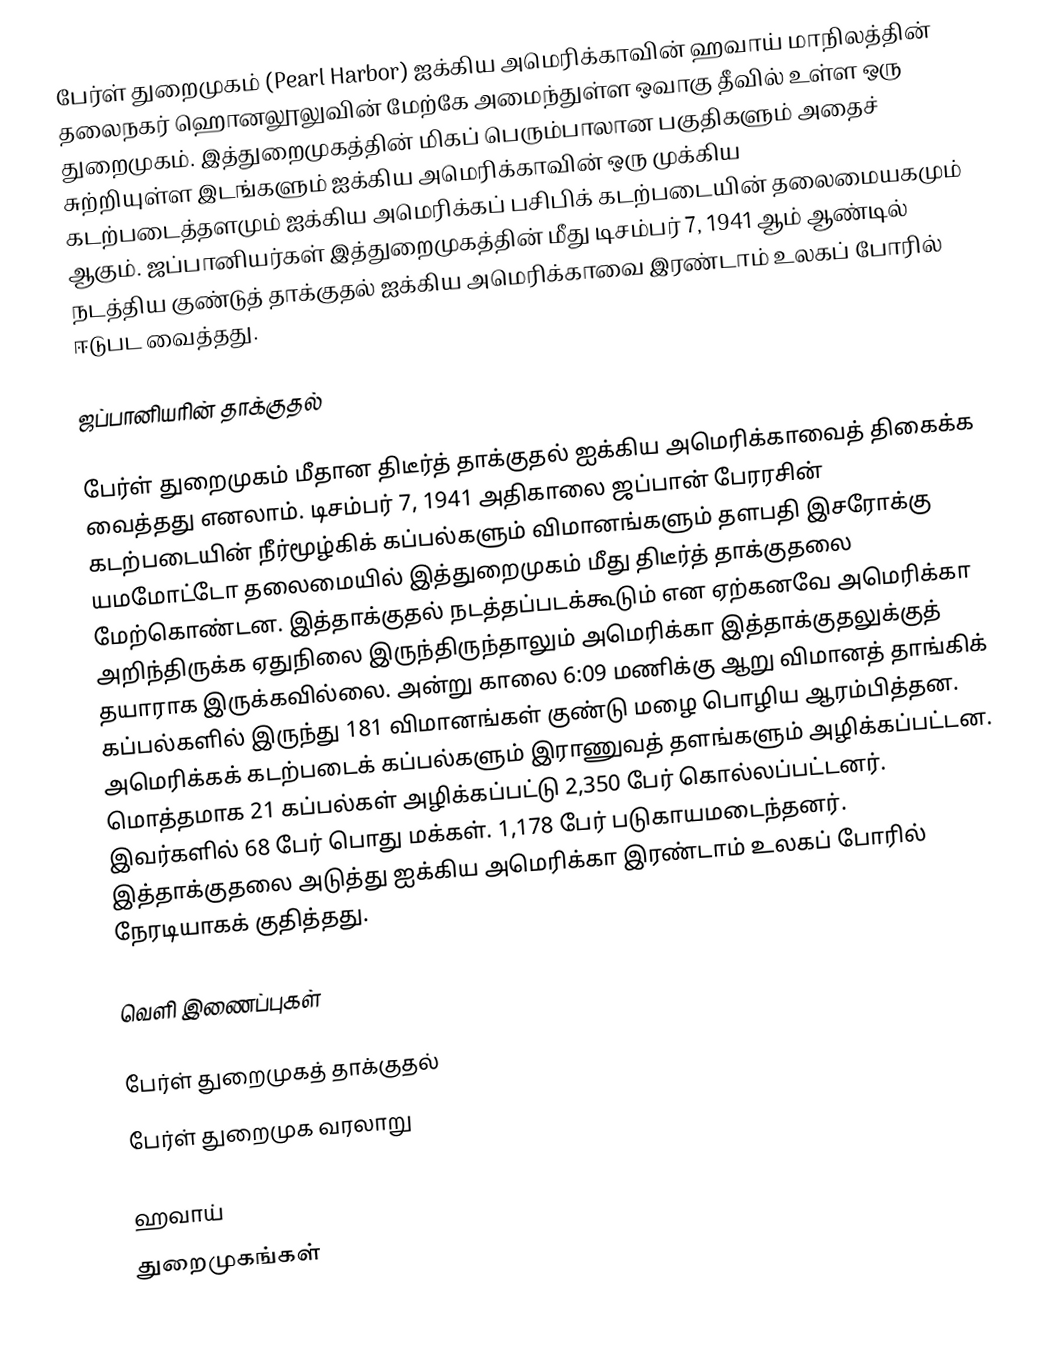
பேர்ள் துறைமுகம் (Pearl Harbor) ஐக்கிய அமெரிக்காவின் ஹவாய் மாநிலத்தின் தலைநகர் ஹொனலூலுவின் மேற்கே அமைந்துள்ள ஒவாகு தீவில் உள்ள ஒரு துறைமுகம். இத்துறைமுகத்தின் மிகப் பெரும்பாலான பகுதிகளும் அதைச் சுற்றியுள்ள இடங்களும் ஐக்கிய அமெரிக்காவின் ஒரு முக்கிய கடற்படைத்தளமும் ஐக்கிய அமெரிக்கப் பசிபிக் கடற்படையின் தலைமையகமும் ஆகும். ஜப்பானியர்கள் இத்துறைமுகத்தின் மீது டிசம்பர் 7, 1941 ஆம் ஆண்டில் நடத்திய குண்டுத் தாக்குதல் ஐக்கிய அமெரிக்காவை இரண்டாம் உலகப் போரில் ஈடுபட வைத்தது.

ஜப்பானியரின் தாக்குதல்

பேர்ள் துறைமுகம் மீதான திடீர்த் தாக்குதல் ஐக்கிய அமெரிக்காவைத் திகைக்க வைத்தது எனலாம். டிசம்பர் 7, 1941 அதிகாலை ஜப்பான் பேரரசின் கடற்படையின் நீர்மூழ்கிக் கப்பல்களும் விமானங்களும் தளபதி இசரோக்கு யமமோட்டோ தலைமையில் இத்துறைமுகம் மீது திடீர்த் தாக்குதலை மேற்கொண்டன. இத்தாக்குதல் நடத்தப்படக்கூடும் என ஏற்கனவே அமெரிக்கா அறிந்திருக்க ஏதுநிலை இருந்திருந்தாலும் அமெரிக்கா இத்தாக்குதலுக்குத் தயாராக இருக்கவில்லை. அன்று காலை 6:09 மணிக்கு ஆறு விமானத் தாங்கிக் கப்பல்களில் இருந்து 181 விமானங்கள் குண்டு மழை பொழிய ஆரம்பித்தன. அமெரிக்கக் கடற்படைக் கப்பல்களும் இராணுவத் தளங்களும் அழிக்கப்பட்டன. மொத்தமாக 21 கப்பல்கள் அழிக்கப்பட்டு 2,350 பேர் கொல்லப்பட்டனர். இவர்களில் 68 பேர் பொது மக்கள். 1,178 பேர் படுகாயமடைந்தனர். இத்தாக்குதலை அடுத்து ஐக்கிய அமெரிக்கா இரண்டாம் உலகப் போரில் நேரடியாகக் குதித்தது.

வெளி இணைப்புகள்

 பேர்ள் துறைமுகத் தாக்குதல்
 பேர்ள் துறைமுக வரலாறு

ஹவாய்
துறைமுகங்கள்